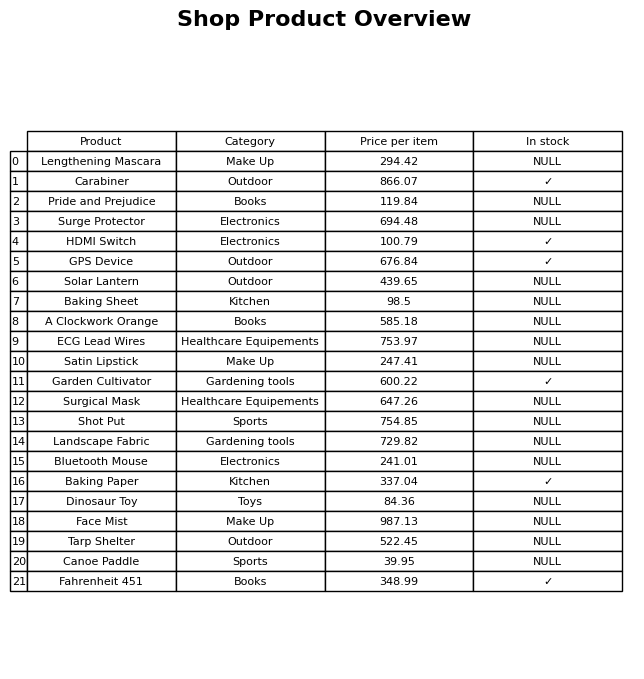
question: Which products are currently out of stock?
answer: Lengthening Mascara, Pride and Prejudice, Surge Protector, Solar Lantern, Baking Sheet, A Clockwork Orange, ECG Lead Wires, Satin Lipstick, Surgical Mask, Shot Put, Landscape Fabric, Bluetooth Mouse, Dinosaur Toy, Face Mist, Tarp Shelter, Canoe Paddle